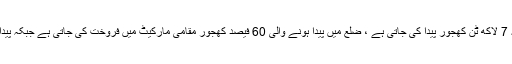
واضح رہے کہ سندھ کے ضلع خیبر پور میں سالانہ 7 لاکھ ٹن کھجور پیدا کی جاتی ہے ، ضلع میں پیدا ہونے والی 60 فیصد کھجور مقامی مارکیٹ میں فروخت کی جاتی ہے جبکہ پیداوار کا صرف40 فیصد حصہ برآمد کیا جا رہا ہے ۔